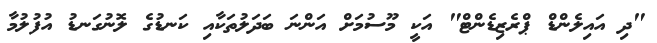
"ދި އައިލެންޑް ޕްރެޒިޑެންޓް" އަކީ މޫސުމަށް އަންނަ ބަދަލުތަކާއި ކަނޑުގެ ލޮނުގަނޑު އުފުލުމާ